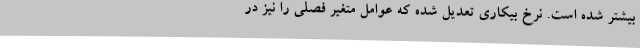
بیشتر شده است. نرخ بیکاری تعدیل شده که عوامل متغیر فصلی را نیز در